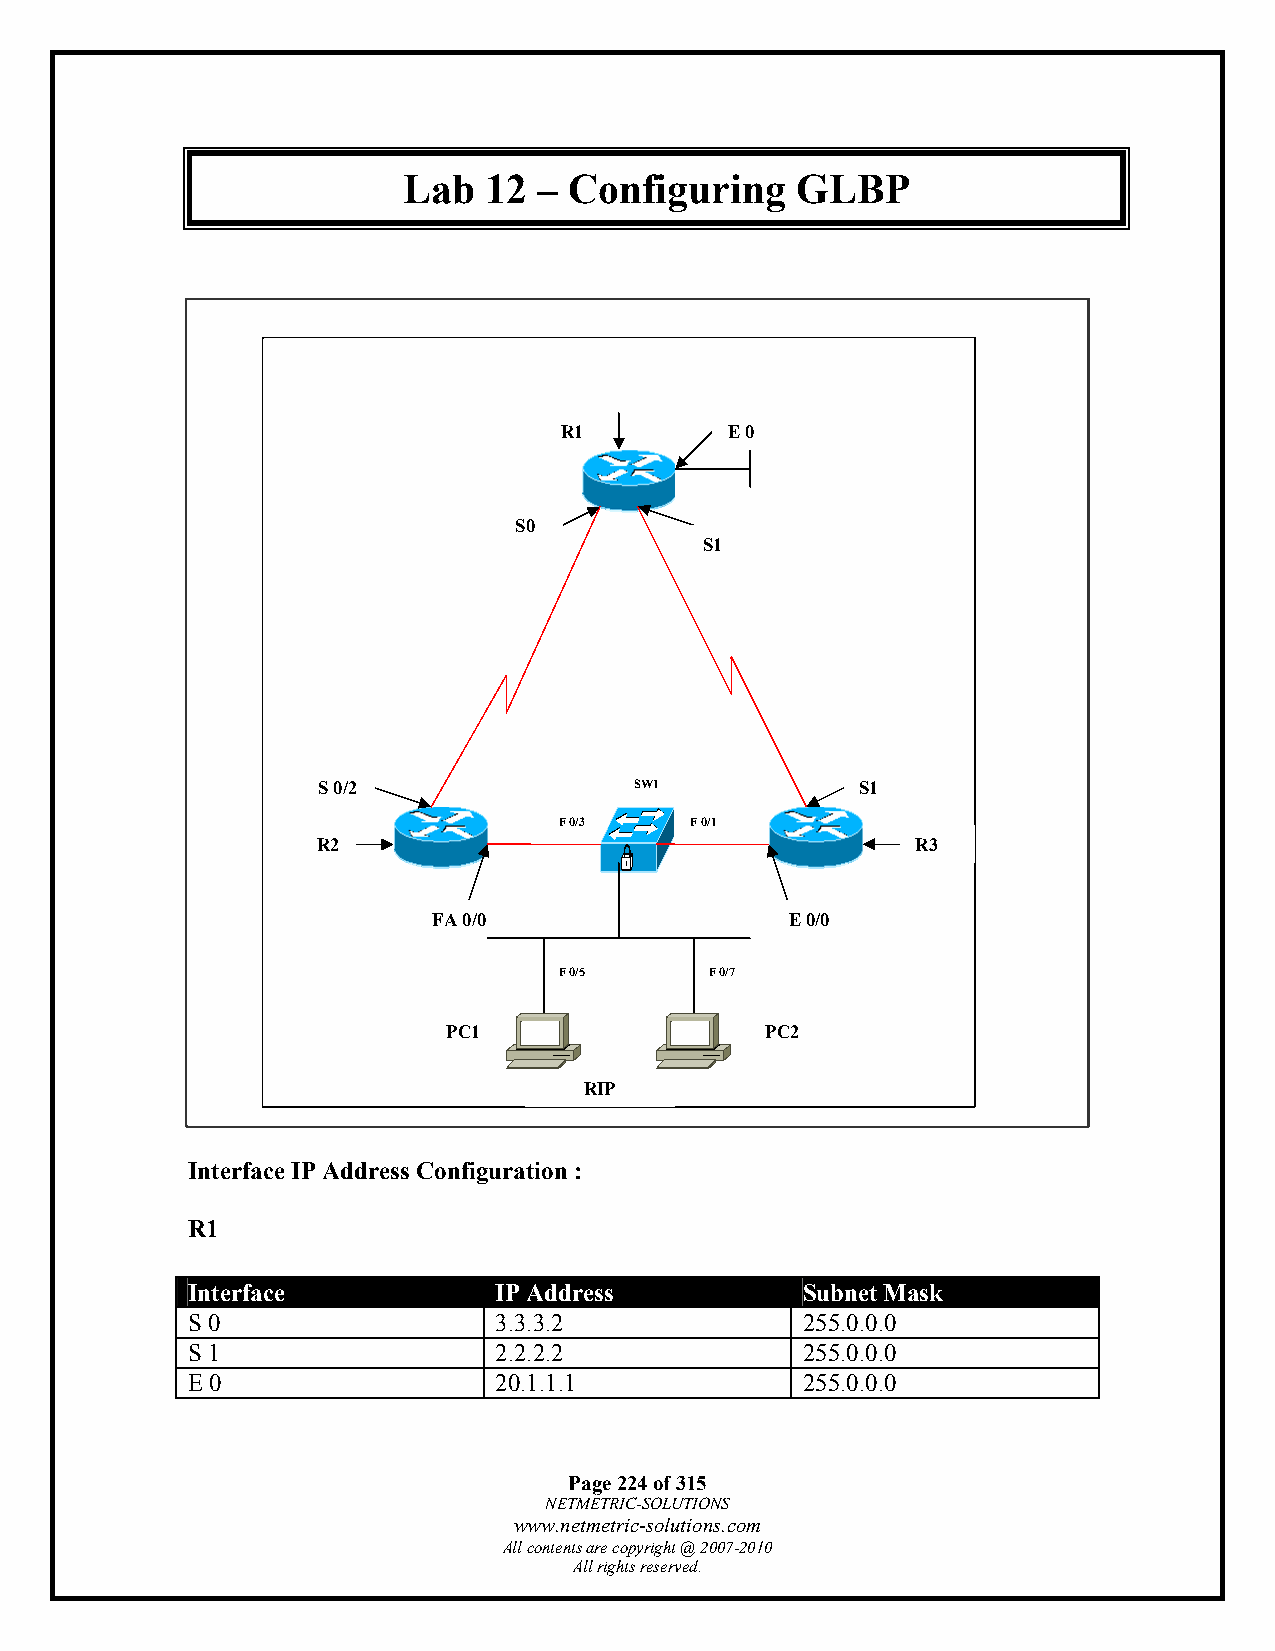
Lab  12  – Configuring    GLBP
 R1         E 0
 S0
 S1
 S 0/2                SW1            S1
 F 0/3    F 0/1
 R2                                      R3
 FA 0/0                 E 0/0
 F 0/5     F 0/7
 PC1                  PC2
 RIP
 Interface IP Address Configuration :
 R1
 Interface            IP Address          Subnet Mask
 S 0                  3.3.3.2             255.0.0.0
 S 1                  2.2.2.2             255.0.0.0
 E 0                  20.1.1.1            255.0.0.0
 Page 224 of 315
 NETMETRIC-SOLUTIONS
 www.netmetric-solutions.com
 All contents are copyright @ 2007-2010
 All rights reserved.